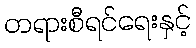
တရားစီရင်ရေးနှင့်